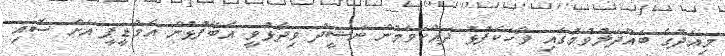
މިއަދުގެ ބައްދަލުވުމުގައި ވާހަކަފުޅު ދައްކަވަމުން ނަޝީދު ވިދާޅުވީ އެބޭފުޅުން އެމްޑީޕީ އަށް ސޮއި